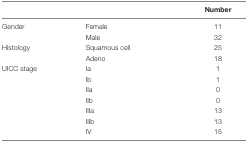
<table><thead><tr><td colspan="2"></td><td><b>Number</b></td></tr></thead><tbody><tr><td>Gender</td><td>Female</td><td>11</td></tr><tr><td></td><td>Male</td><td>32</td></tr><tr><td>Histology</td><td>Squamous cell</td><td>25</td></tr><tr><td></td><td>Adeno</td><td>18</td></tr><tr><td>UICC stage</td><td>Ia</td><td>1</td></tr><tr><td></td><td>Ib</td><td>1</td></tr><tr><td></td><td>IIa</td><td>0</td></tr><tr><td></td><td>IIb</td><td>0</td></tr><tr><td></td><td>IIIa</td><td>13</td></tr><tr><td></td><td>IIIb</td><td>13</td></tr><tr><td></td><td>IV</td><td>15</td></tr></tbody></table>